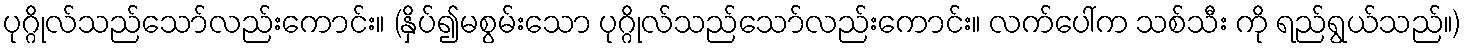
ပုဂ္ဂိုလ်သည်သော်လည်းကောင်း။ (နှိပ်၍မစွမ်းသော ပုဂ္ဂိုလ်သည်သော်လည်းကောင်း။ လက်ပေါ်က သစ်သီး ကို ရည်ရွယ်သည်။)